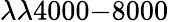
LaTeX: \lambda\lambda 4000{-}8000